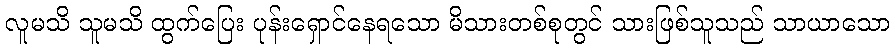
လူမသိ သူမသိ ထွက်ပြေး ပုန်းရှောင်နေရသော မိသားတစ်စုတွင် သားဖြစ်သူသည် သာယာသော